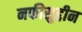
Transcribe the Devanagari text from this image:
नफीसुद्दीन